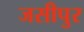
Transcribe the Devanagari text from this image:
जसीपुर